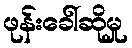
ဖုန်းခေါ်ဆိုမှု